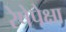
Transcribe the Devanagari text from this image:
रेषेपेक्षा